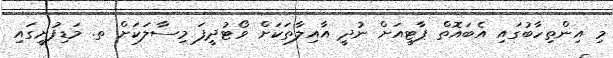
މި އިންތިހާބުގައި އެބައޮތް ޕާޓީއަށް ނުދީ އާއިލާތަކަށް ވޯޓުދީފަ މިސާލަކަށް ތ. މަޑިފުށީގައި